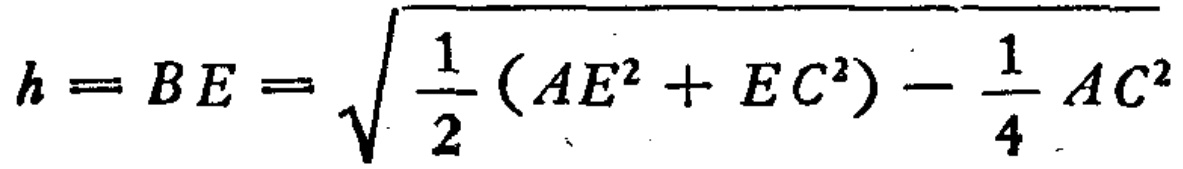
\(h = BE = \sqrt{\frac{1}{2}(AE^{2}+EC^{2})-\frac{1}{4}AC^{2}}\)